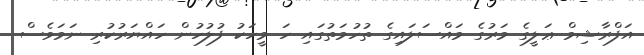
އަފްރާޝިމް ޢަލީގެ މަރުގެ މައްސަލައިގެ ތުހުމަތުގައި ހަ މީހަކު ފުލުހުން ހައްޔަރުކުރި ނަމަވެސް